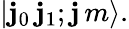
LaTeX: \left|\mathbf{j}_{0}\, \mathbf{j}_{1};\mathbf{j}\, m\right\rangle.